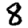
Digit: 8